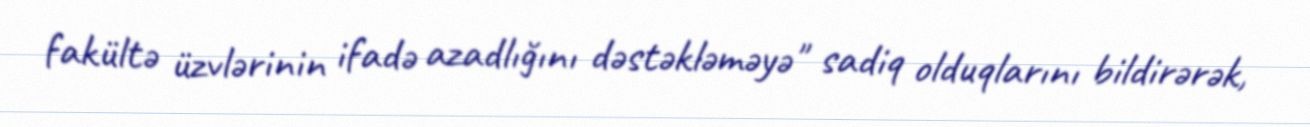
fakültə üzvlərinin ifadə azadlığını dəstəkləməyə" sadiq olduqlarını bildirərək,